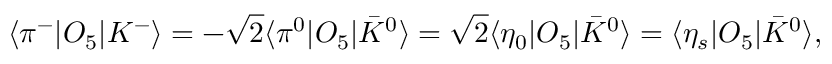
\langle { \pi ^ { - } | O _ { 5 } | K ^ { - } } \rangle = - \sqrt { 2 } \langle { \pi ^ { 0 } | O _ { 5 } | \bar { K } ^ { 0 } } \rangle = \sqrt { 2 } \langle { \eta _ { 0 } | O _ { 5 } | \bar { K } ^ { 0 } } \rangle = \langle { \eta _ { s } | O _ { 5 } | \bar { K } ^ { 0 } } \rangle ,